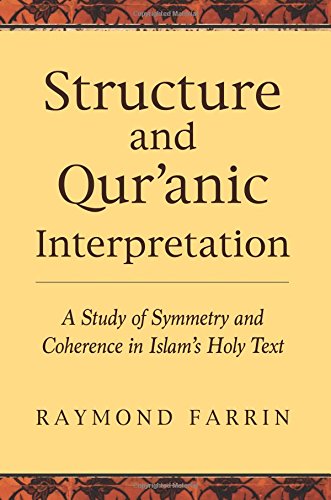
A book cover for Structure and Qur'anic Interpretation: A Study of Symmetry and Coherence in Islam's Holy Text (Islamic Encounter Series); Raymond Farrin; Religion & Spirituality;